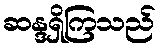
ဆန္ဒရှိကြသည်